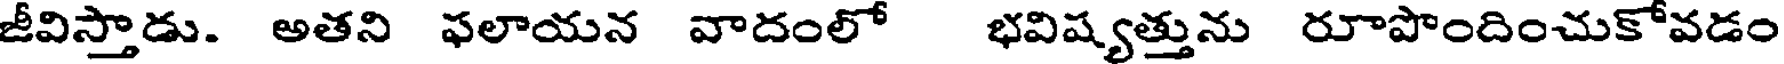
జీవిస్తాడు. అతని ఫలాయన వాదంలో భవిష్యత్తును రూపొందించుకోవడం